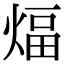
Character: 煏